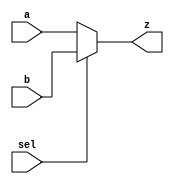
`timescale	1ns/10ps


module Mux_N #(
	parameter WIDTH = 12)(sel,a,b,z);
input [WIDTH-1:0] a,b;
output [WIDTH-1:0]z;
input sel;

assign z = (sel==0) ? a : b;
endmodule